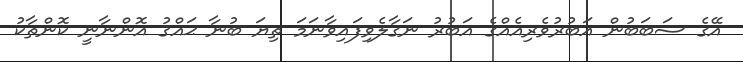
އޭގެ ސަބަބުން އަބުރުވެރިއެއްގެ އަބުރު ނަގާލެވިފައިވާނަމަ ތިޔަ ބުނާ ޙައްޤު އޮންނާނީ ކޮންތާކު